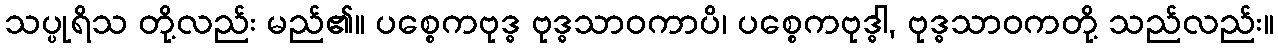
သပ္ပုရိသ တို့လည်း မည်၏။ ပစ္စေကဗုဒ္ဓ ဗုဒ္ဓသာဝကာပိ၊ ပစ္စေကဗုဒ္ဓါ, ဗုဒ္ဓသာဝကတို့ သည်လည်း။